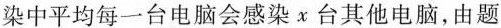
染中平均每一台电脑会感染x台其他电脑，由题